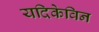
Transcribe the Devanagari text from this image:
यदिकेविन